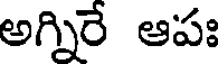
అగ్నిరే ఆపః